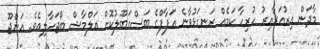
މާދަން އިރުއަރާއިރު ހުރިހާ ކަމެއް ރަނގަޅުވާނެ އަފާފްގެ ބަސްގަބޫލުކޮށް އަލްމާޝް ބޯޖަހާލިއެވެ. އަންޖޫ